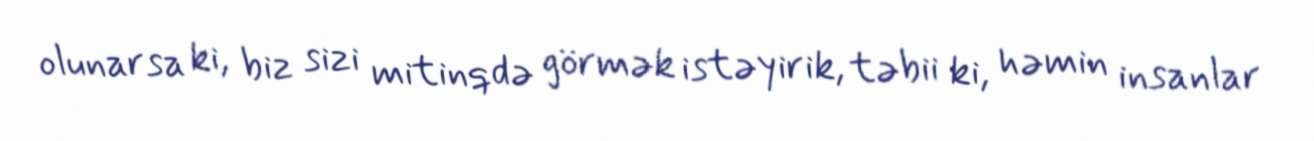
olunarsa ki, biz sizi mitinqdə görmək istəyirik, təbii ki, həmin insanlar